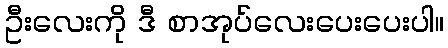
ဦးလေးကို ဒီ စာအုပ်လေးပေးပေးပါ။